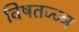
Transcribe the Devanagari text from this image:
विषतज्ज्ञ